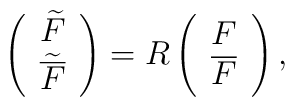
\left(\begin{array}{cc}\widetilde F \\ {\widetilde {\overline F}}\end{array}\right) = R\left(\begin{array}{cc}F\\{\overline F}\end{array}\right),